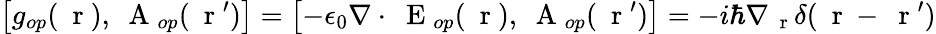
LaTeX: \left[g_{op}(\mathrm{~\mathbf~r~}),\mathrm{~\mathbf~A~}_{op}(\mathrm{~\mathbf~r~}^{\prime})\right]=\left[-\epsilon_{0}\nabla\cdot\mathrm{~\mathbf~E~}_{op}(\mathrm{~\mathbf~r~}),\mathrm{~\mathbf~A~}_{op}(\mathrm{~\mathbf~r~}^{\prime})\right]=-i\hbar\nabla_{\mathrm{~\mathbf~r~}}\delta(\mathrm{~\mathbf~r~}-\mathrm{~\mathbf~r~}^{\prime})